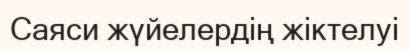
Саяси жүйелердің жіктелуі